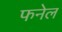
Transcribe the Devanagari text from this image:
फनेल